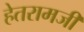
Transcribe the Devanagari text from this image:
हेतरामजी